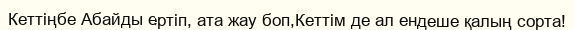
Кеттіңбе Абайды ертіп, ата жау боп,Кеттім де ал ендеше қалың сорта!